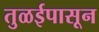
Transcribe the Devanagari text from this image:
तुळईपासून